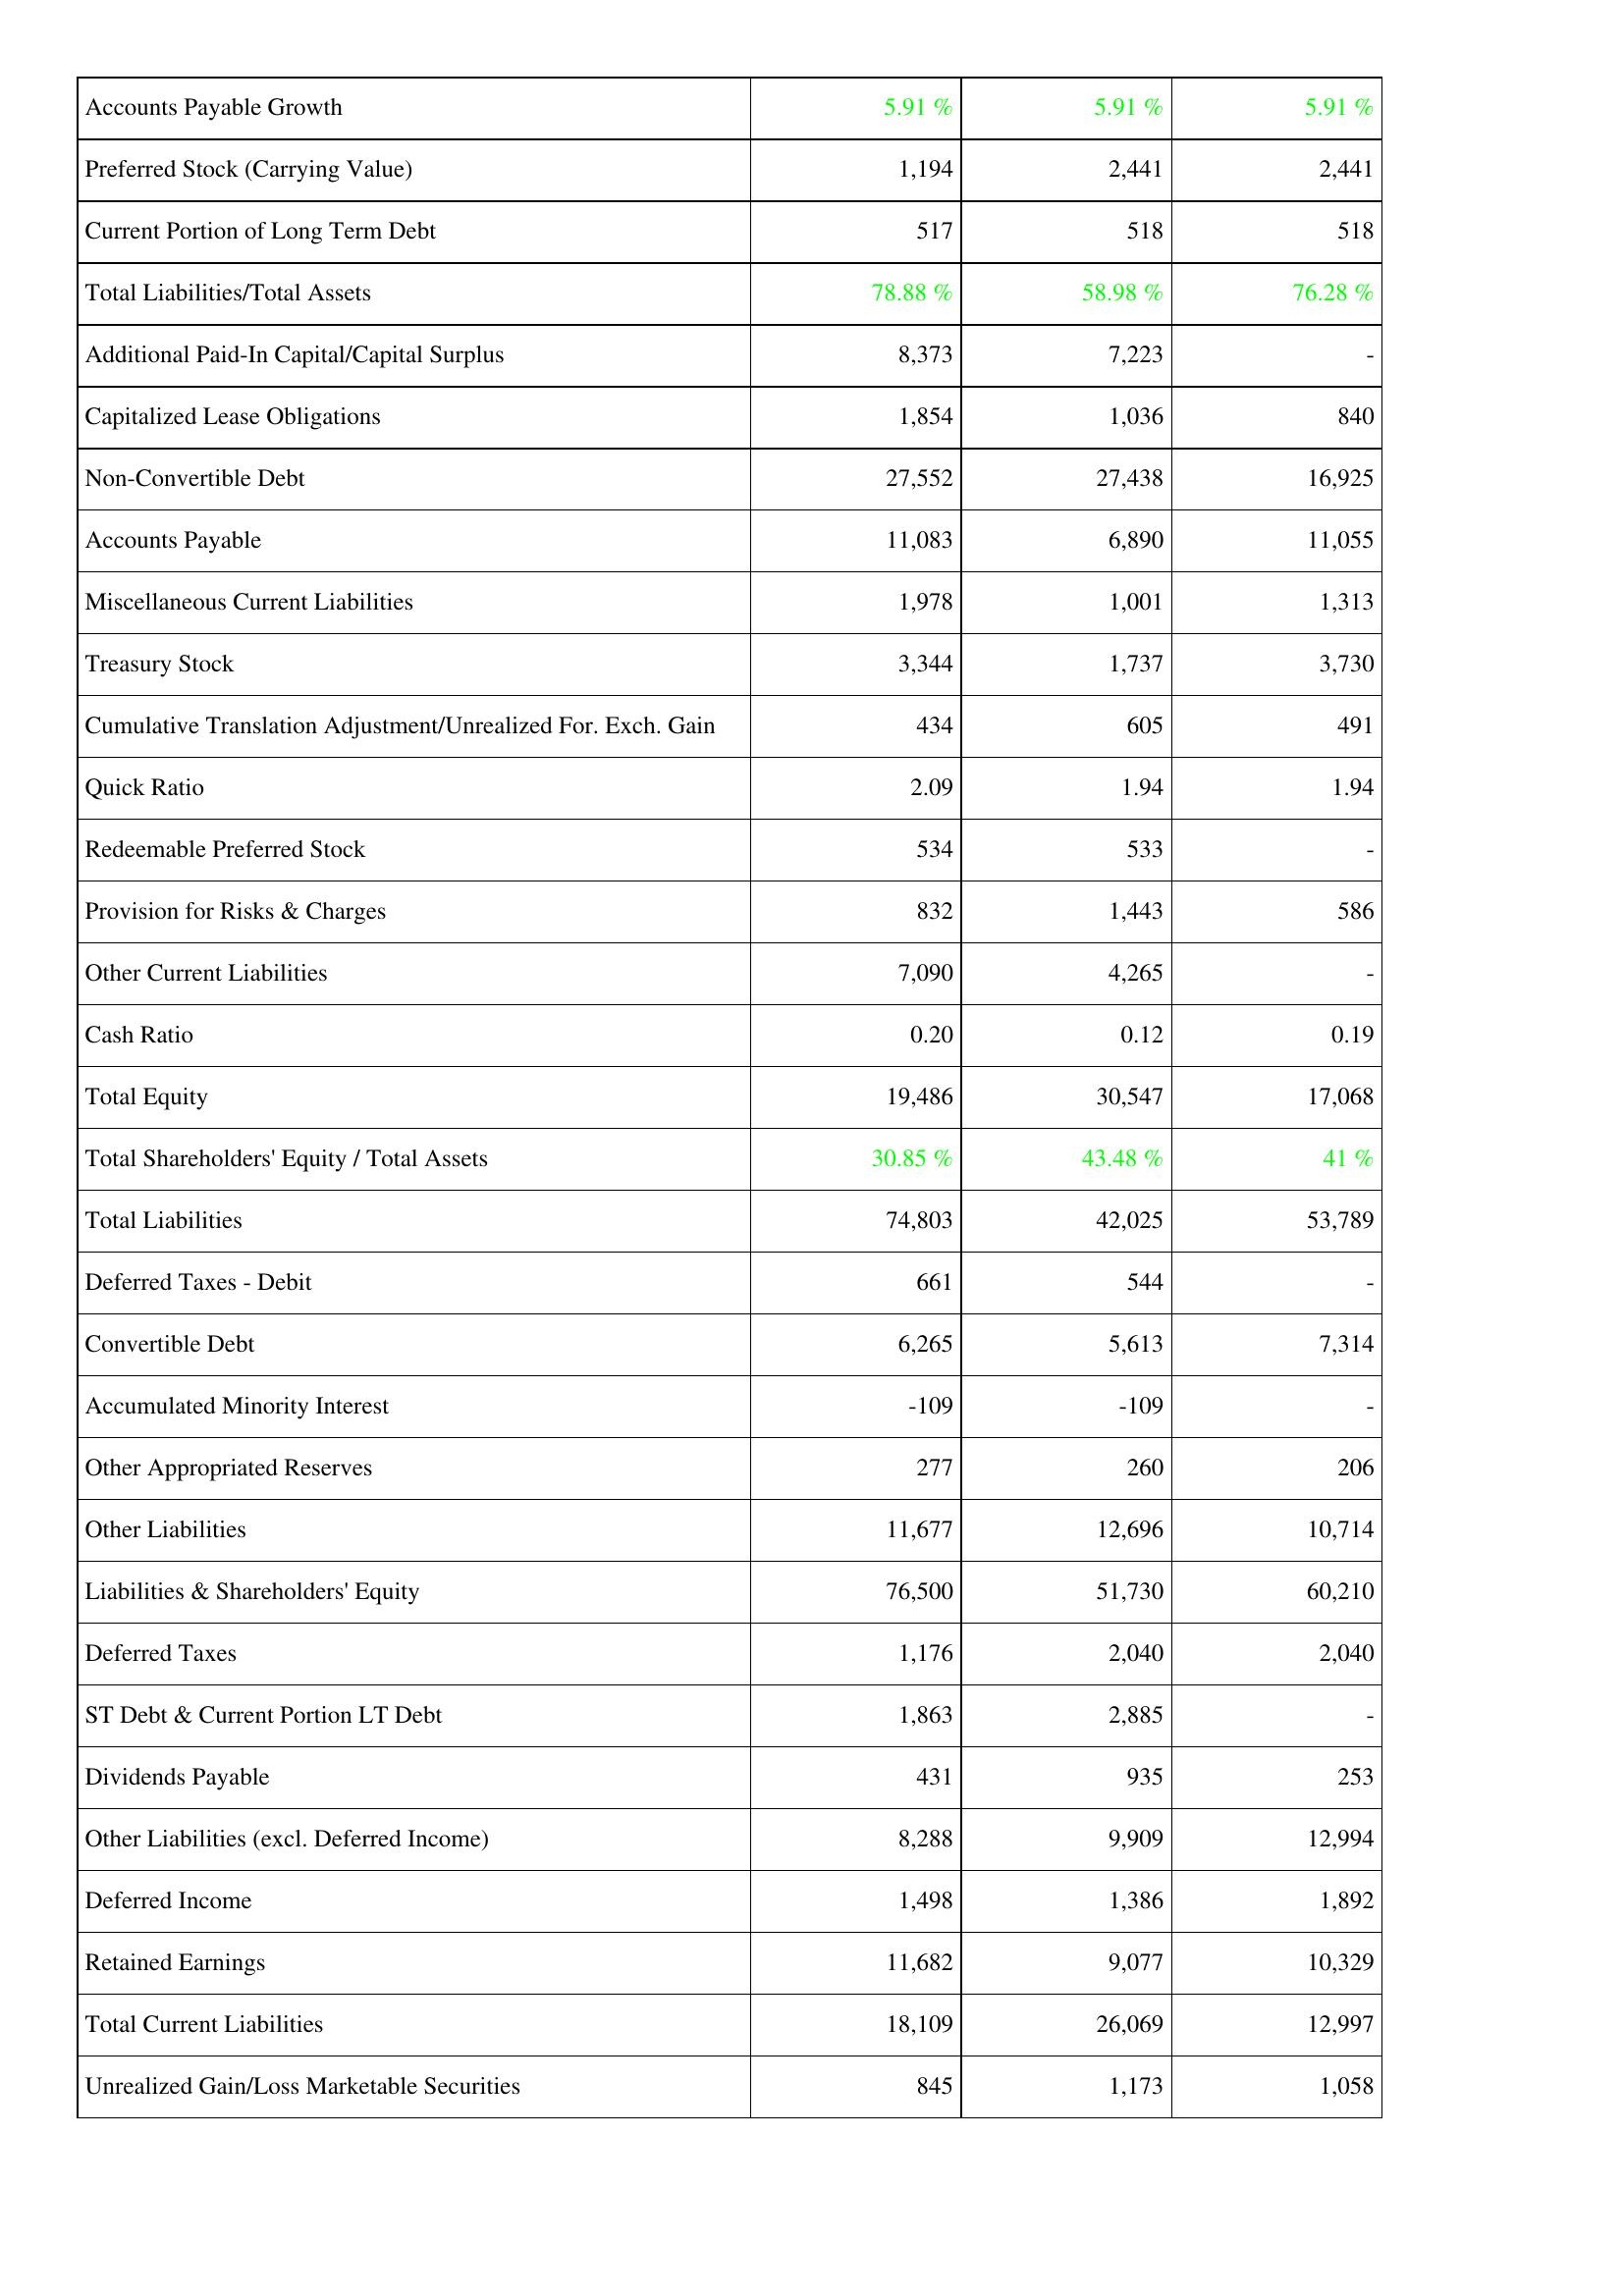
2009: Liabilities & Shareholders' Equity: Accounts Payable Growth: 5.91 %
Preferred Stock (Carrying Value): 1,194
Current Portion of Long Term Debt: 517
Total Liabilities/Total Assets: 78.88 %
Additional Paid-In Capital/Capital Surplus: 8,373
Capitalized Lease Obligations: 1,854
Non-Convertible Debt: 27,552
Accounts Payable: 11,083
Miscellaneous Current Liabilities: 1,978
Treasury Stock: 3,344
Cumulative Translation Adjustment/Unrealized For. Exch. Gain: 434
Quick Ratio: 2.09
Redeemable Preferred Stock: 534
Provision for Risks & Charges: 832
Other Current Liabilities: 7,090
Cash Ratio: 0.20
Total Equity: 19,486
Total Shareholders' Equity / Total Assets: 30.85 %
Total Liabilities: 74,803
Deferred Taxes - Debit: 661
Convertible Debt: 6,265
Accumulated Minority Interest: -109
Other Appropriated Reserves: 277
Other Liabilities: 11,677
Liabilities & Shareholders' Equity: 76,500
Deferred Taxes: 1,176
ST Debt & Current Portion LT Debt: 1,863
Dividends Payable: 431
Other Liabilities (excl. Deferred Income): 8,288
Deferred Income: 1,498
Retained Earnings: 11,682
Total Current Liabilities: 18,109
Unrealized Gain/Loss Marketable Securities: 845
2008: Liabilities & Shareholders' Equity: Accounts Payable Growth: 5.91 %
Preferred Stock (Carrying Value): 2,441
Current Portion of Long Term Debt: 518
Total Liabilities/Total Assets: 58.98 %
Additional Paid-In Capital/Capital Surplus: 7,223
Capitalized Lease Obligations: 1,036
Non-Convertible Debt: 27,438
Accounts Payable: 6,890
Miscellaneous Current Liabilities: 1,001
Treasury Stock: 1,737
Cumulative Translation Adjustment/Unrealized For. Exch. Gain: 605
Quick Ratio: 1.94
Redeemable Preferred Stock: 533
Provision for Risks & Charges: 1,443
Other Current Liabilities: 4,265
Cash Ratio: 0.12
Total Equity: 30,547
Total Shareholders' Equity / Total Assets: 43.48 %
Total Liabilities: 42,025
Deferred Taxes - Debit: 544
Convertible Debt: 5,613
Accumulated Minority Interest: -109
Other Appropriated Reserves: 260
Other Liabilities: 12,696
Liabilities & Shareholders' Equity: 51,730
Deferred Taxes: 2,040
ST Debt & Current Portion LT Debt: 2,885
Dividends Payable: 935
Other Liabilities (excl. Deferred Income): 9,909
Deferred Income: 1,386
Retained Earnings: 9,077
Total Current Liabilities: 26,069
Unrealized Gain/Loss Marketable Securities: 1,173
2007: Liabilities & Shareholders' Equity: Accounts Payable Growth: 5.91 %
Preferred Stock (Carrying Value): 2,441
Current Portion of Long Term Debt: 518
Total Liabilities/Total Assets: 76.28 %
Additional Paid-In Capital/Capital Surplus: -
Capitalized Lease Obligations: 840
Non-Convertible Debt: 16,925
Accounts Payable: 11,055
Miscellaneous Current Liabilities: 1,313
Treasury Stock: 3,730
Cumulative Translation Adjustment/Unrealized For. Exch. Gain: 491
Quick Ratio: 1.94
Redeemable Preferred Stock: -
Provision for Risks & Charges: 586
Other Current Liabilities: -
Cash Ratio: 0.19
Total Equity: 17,068
Total Shareholders' Equity / Total Assets: 41 %
Total Liabilities: 53,789
Deferred Taxes - Debit: -
Convertible Debt: 7,314
Accumulated Minority Interest: -
Other Appropriated Reserves: 206
Other Liabilities: 10,714
Liabilities & Shareholders' Equity: 60,210
Deferred Taxes: 2,040
ST Debt & Current Portion LT Debt: -
Dividends Payable: 253
Other Liabilities (excl. Deferred Income): 12,994
Deferred Income: 1,892
Retained Earnings: 10,329
Total Current Liabilities: 12,997
Unrealized Gain/Loss Marketable Securities: 1,058